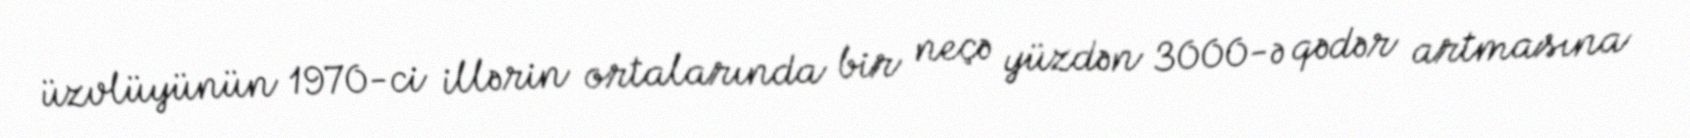
üzvlüyünün 1970-ci illərin ortalarında bir neçə yüzdən 3000-ə qədər artmasına